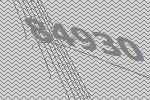
84930